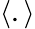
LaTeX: \left\langle.\right\rangle